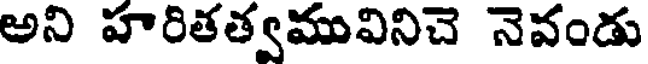
అని హరితత్వమువినిచె నెవండు